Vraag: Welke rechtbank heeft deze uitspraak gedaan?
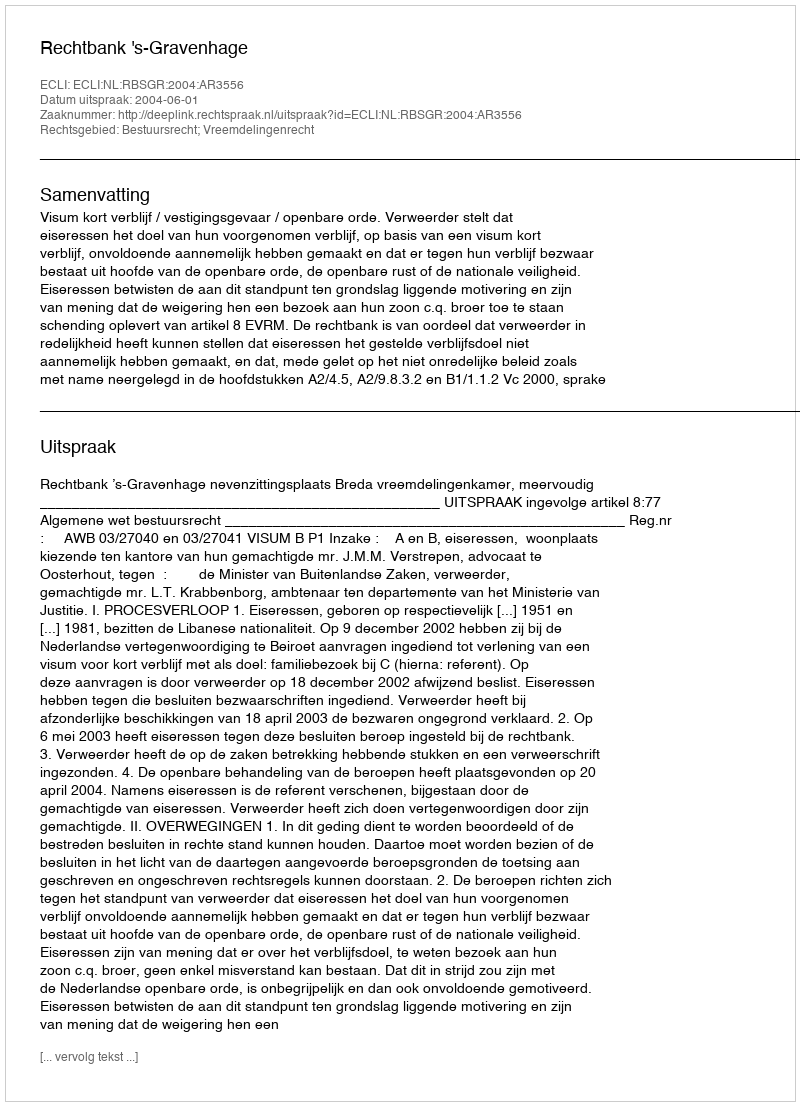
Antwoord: Rechtbank 's-Gravenhage